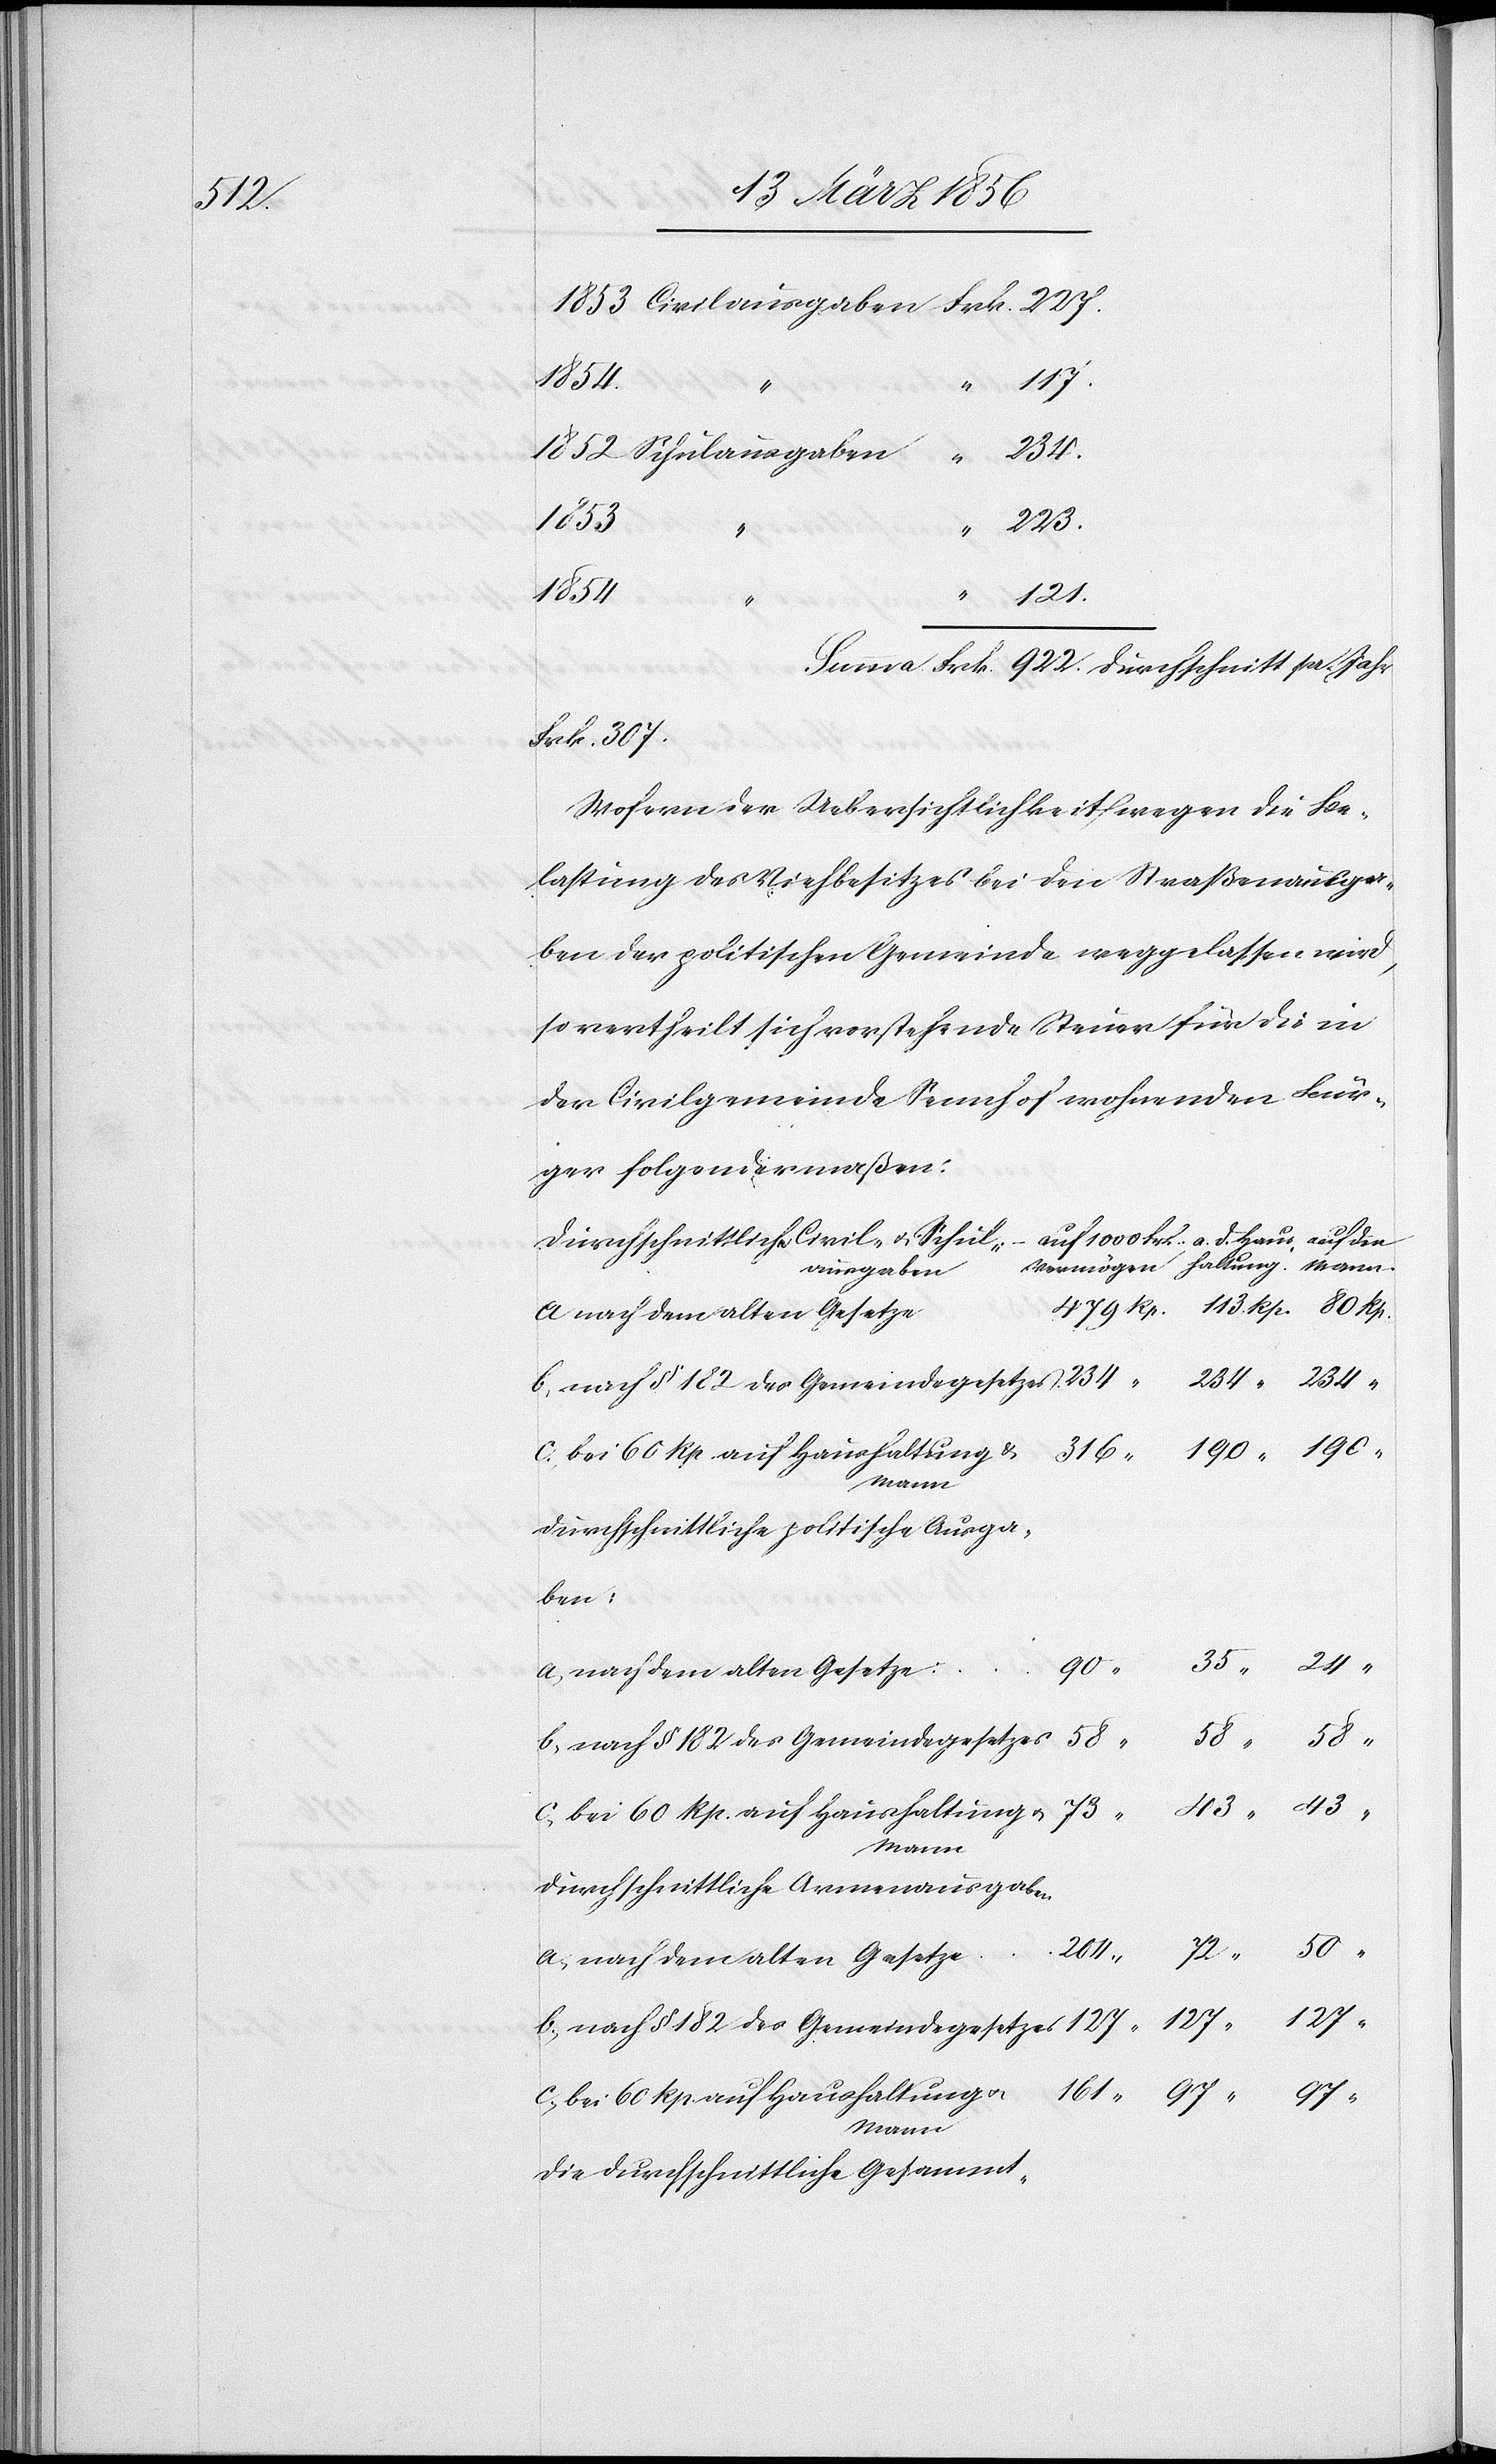
58

204
97
50
190
223.
a.
d.
234
“
Frk.
Frk. 307
Wofern der Uebersichtlichkeit wegen die Be¬
lastung des Viehbesitzes bei den Straßenausga¬
ben der politischen Gemeinde weggelassen wird,
so vertheilt sich vorstehende Steuer für die in
der Civilgemeinde Sennhof wohnenden Bür¬
ger folgendermaßen:
Durchschnittliche Civil- u. Schul¬
ausgaben
Mann
durchschnittliche politische Ausga¬
ben:
90
a, nach dem alten Gesetze:
b., nach § 182 des Gemeindegesetzes
durchschnittliche Armenausgaben:
a., nach dem alten Gesetze
161
“
c., bei 60 Rp. auf Haushaltungen
die durchschnittliche Gesammt-